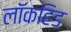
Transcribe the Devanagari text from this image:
लॉकहिड